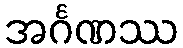
အင်္ဂဏဿ